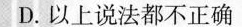
D. 以上说法都不正确